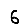
Digit: 6